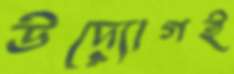
উদ্যোগই